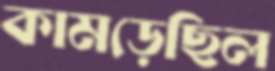
কামড়েছিল